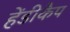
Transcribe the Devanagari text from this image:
हेंडीकैप